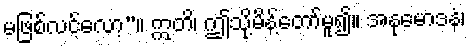
မဖြစ်လင့်လော့”။ ဣတိ၊ ဤသို့မိန့်တော်မူ၍။ အနုမောဒနံ၊